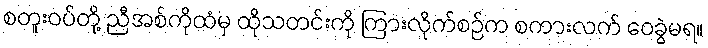
စတူးဝပ်တို့ ညီအစ်ကိုထံမှ ထိုသတင်းကို ကြားလိုက်စဉ်က စကားလက် ဝေခွဲမရ။